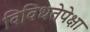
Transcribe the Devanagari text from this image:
विविधतेपेक्षा